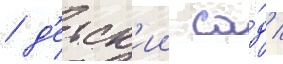
/ д'етск'ии са́д /